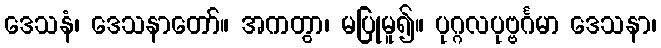
ဒေသနံ၊ ဒေသနာတော်။ အကတွာ၊ မပြုမူ၍။ ပုဂ္ဂလပုဗ္ဗင်္ဂမာ ဒေသနာ၊